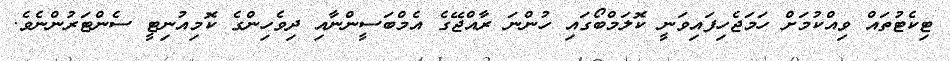
ޓިކެޓުތައް ވިއްކުމަށް ހަމަޖެހިފައިވަނީ ކޮލަމްބޯގައި ހުންނަ ރާއްޖޭގެ އެމްބަސީންނާއި ދިވެހިންގެ ކޮމިއުނިޓީ ސެންޓަރުންނެވެ.